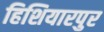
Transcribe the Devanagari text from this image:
हिशियारपुर